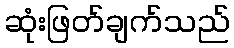
ဆုံးဖြတ်ချက်သည်